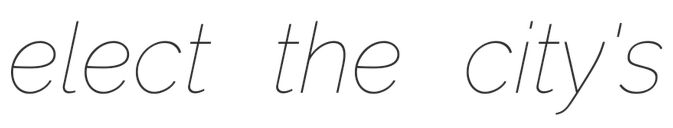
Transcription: elect the city's